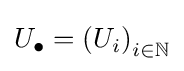
U_{\bullet }=\left(U_{i}\right)_{i\in \mathbb {N} }